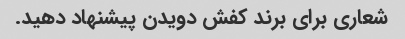
شعاری برای برند کفش دویدن پیشنهاد دهید.